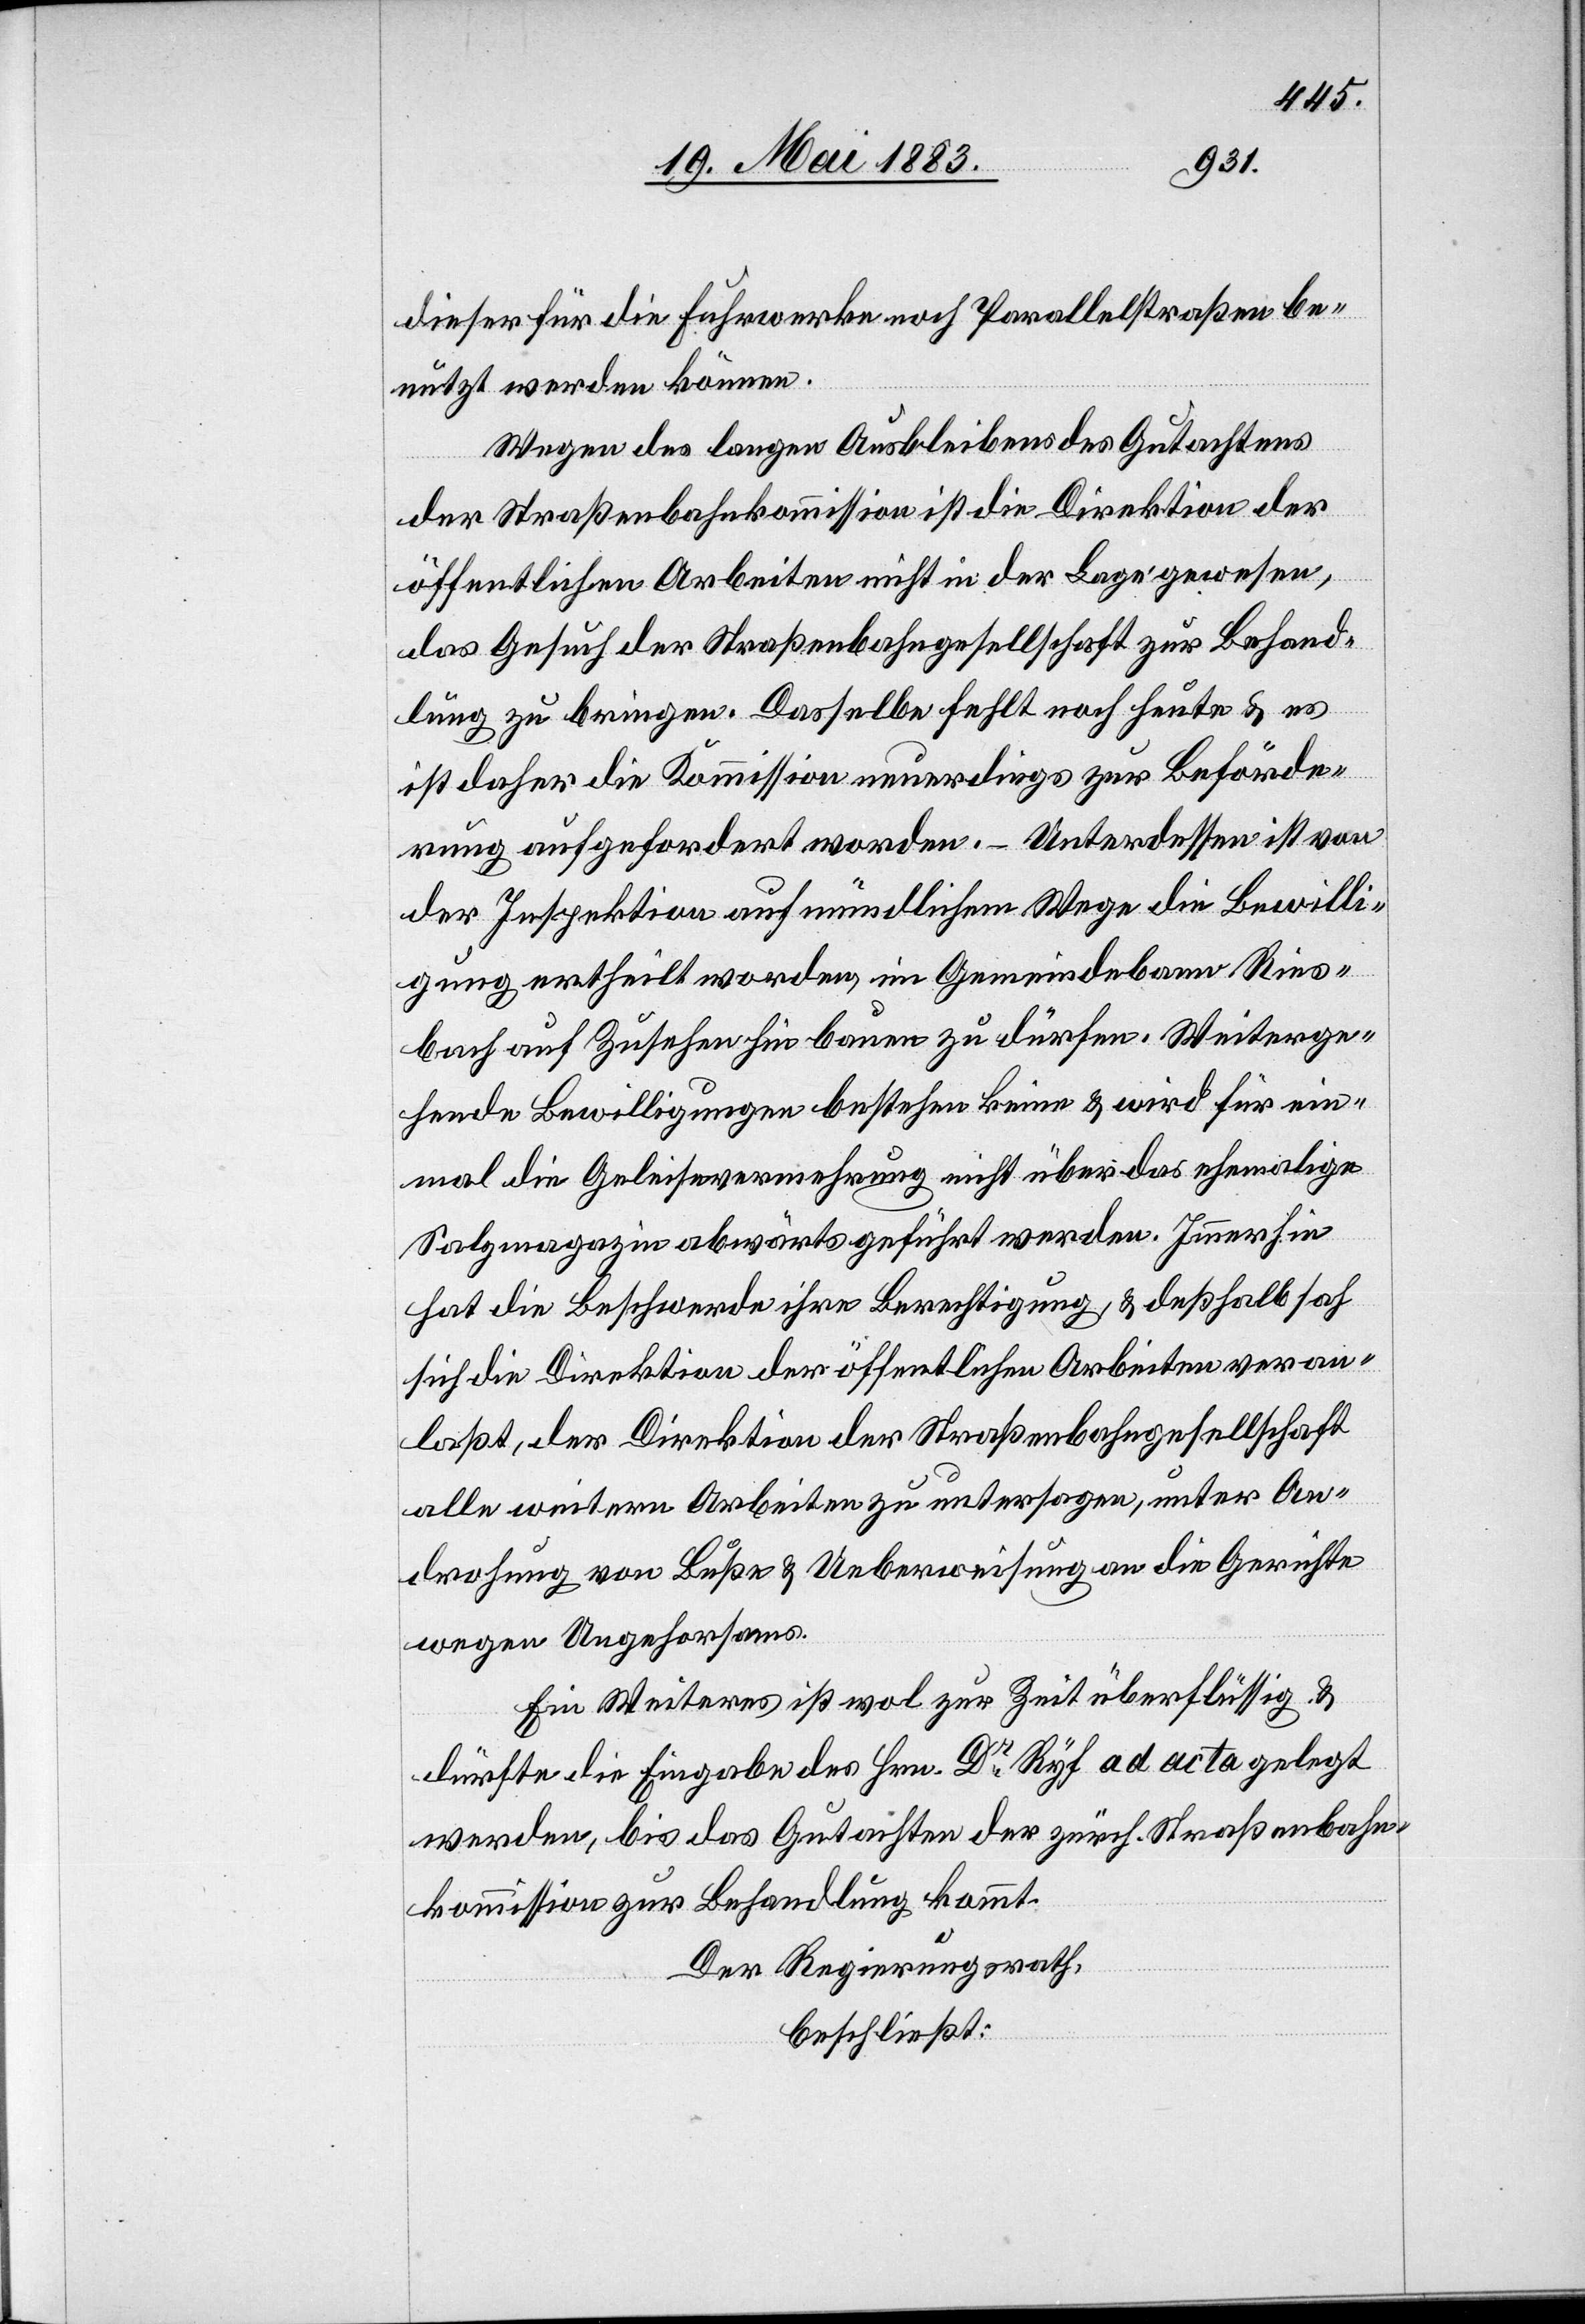
dieser für die Fuhrwerke noch Parallelstraßen be¬
nutzt werden können.
Wegen des langen Ausbleibens des Gutachtens
der Straßenbahnkommission ist die Direktion der
öffentlichen Arbeiten nicht in der Lage gewesen,
das Gesuch der Straßenbahngesellschaft zur Behand¬
lung zu bringen. Dasselbe fehlt noch heute & es
ist daher die Kommission neuerdings zur Beförde¬
rung aufgefordert worden. Unterdessen ist von
der Inspektion auf mündlichem Wege die Bewilli¬
gung ertheilt worden, im Gemeindebann Ries¬
bach auf Zusehen hin bauen zu dürfen. Weiterge¬
hende Bewilligungen bestehen keine & wird für ein¬
mal die Geleisevermehrung nicht über das ehemalige
Salzmagazin abwärts geführt werden. Immerhin
hat die Beschwerde ihre Berechtigung, & deßhalb sah
sich die Direktion der öffentlichen Arbeiten veran¬
laßt, der Direktion der Straßenbahngesellschaft
alle weitern Arbeiten zu untersagen, unter An¬
drohung von Buße & Ueberweisung an die Gerichte
wegen Ungehorsams.
Ein Weiteres ist wol zur Zeit überflüssig &
dürfte die Eingabe des Hrn. Dr Ryf ad acta gelegt
werden, bis das Gutachten der zürch. Straßenbahn¬
kommission zur Behandlung kommt.
Der Regierungsrath,
beschließt: